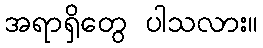
အရာရှိတွေ ပါသလား။